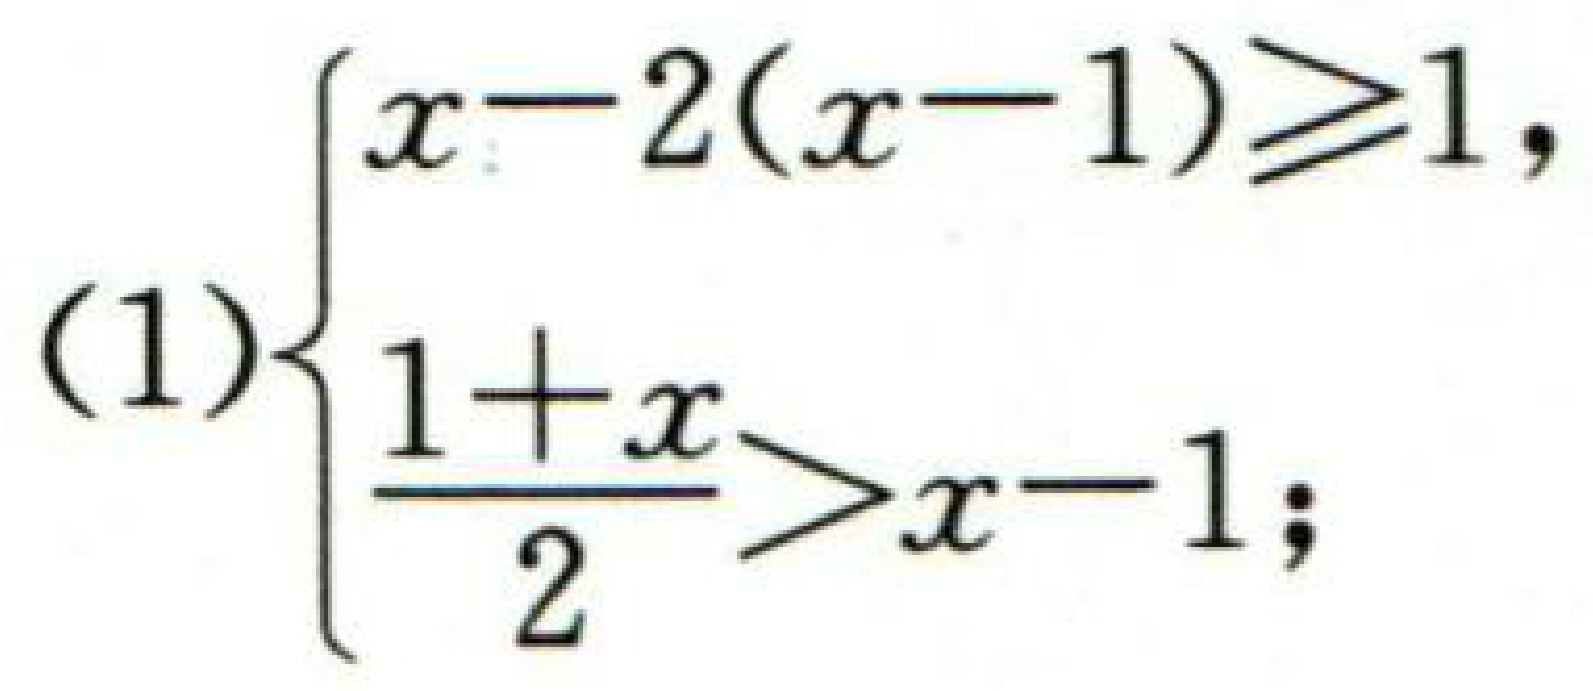
\[\text{(1)}\begin{cases}x - 2(x - 1)\geqslant1,\\\dfrac{1 + x}{2}>x - 1;\end{cases}\]